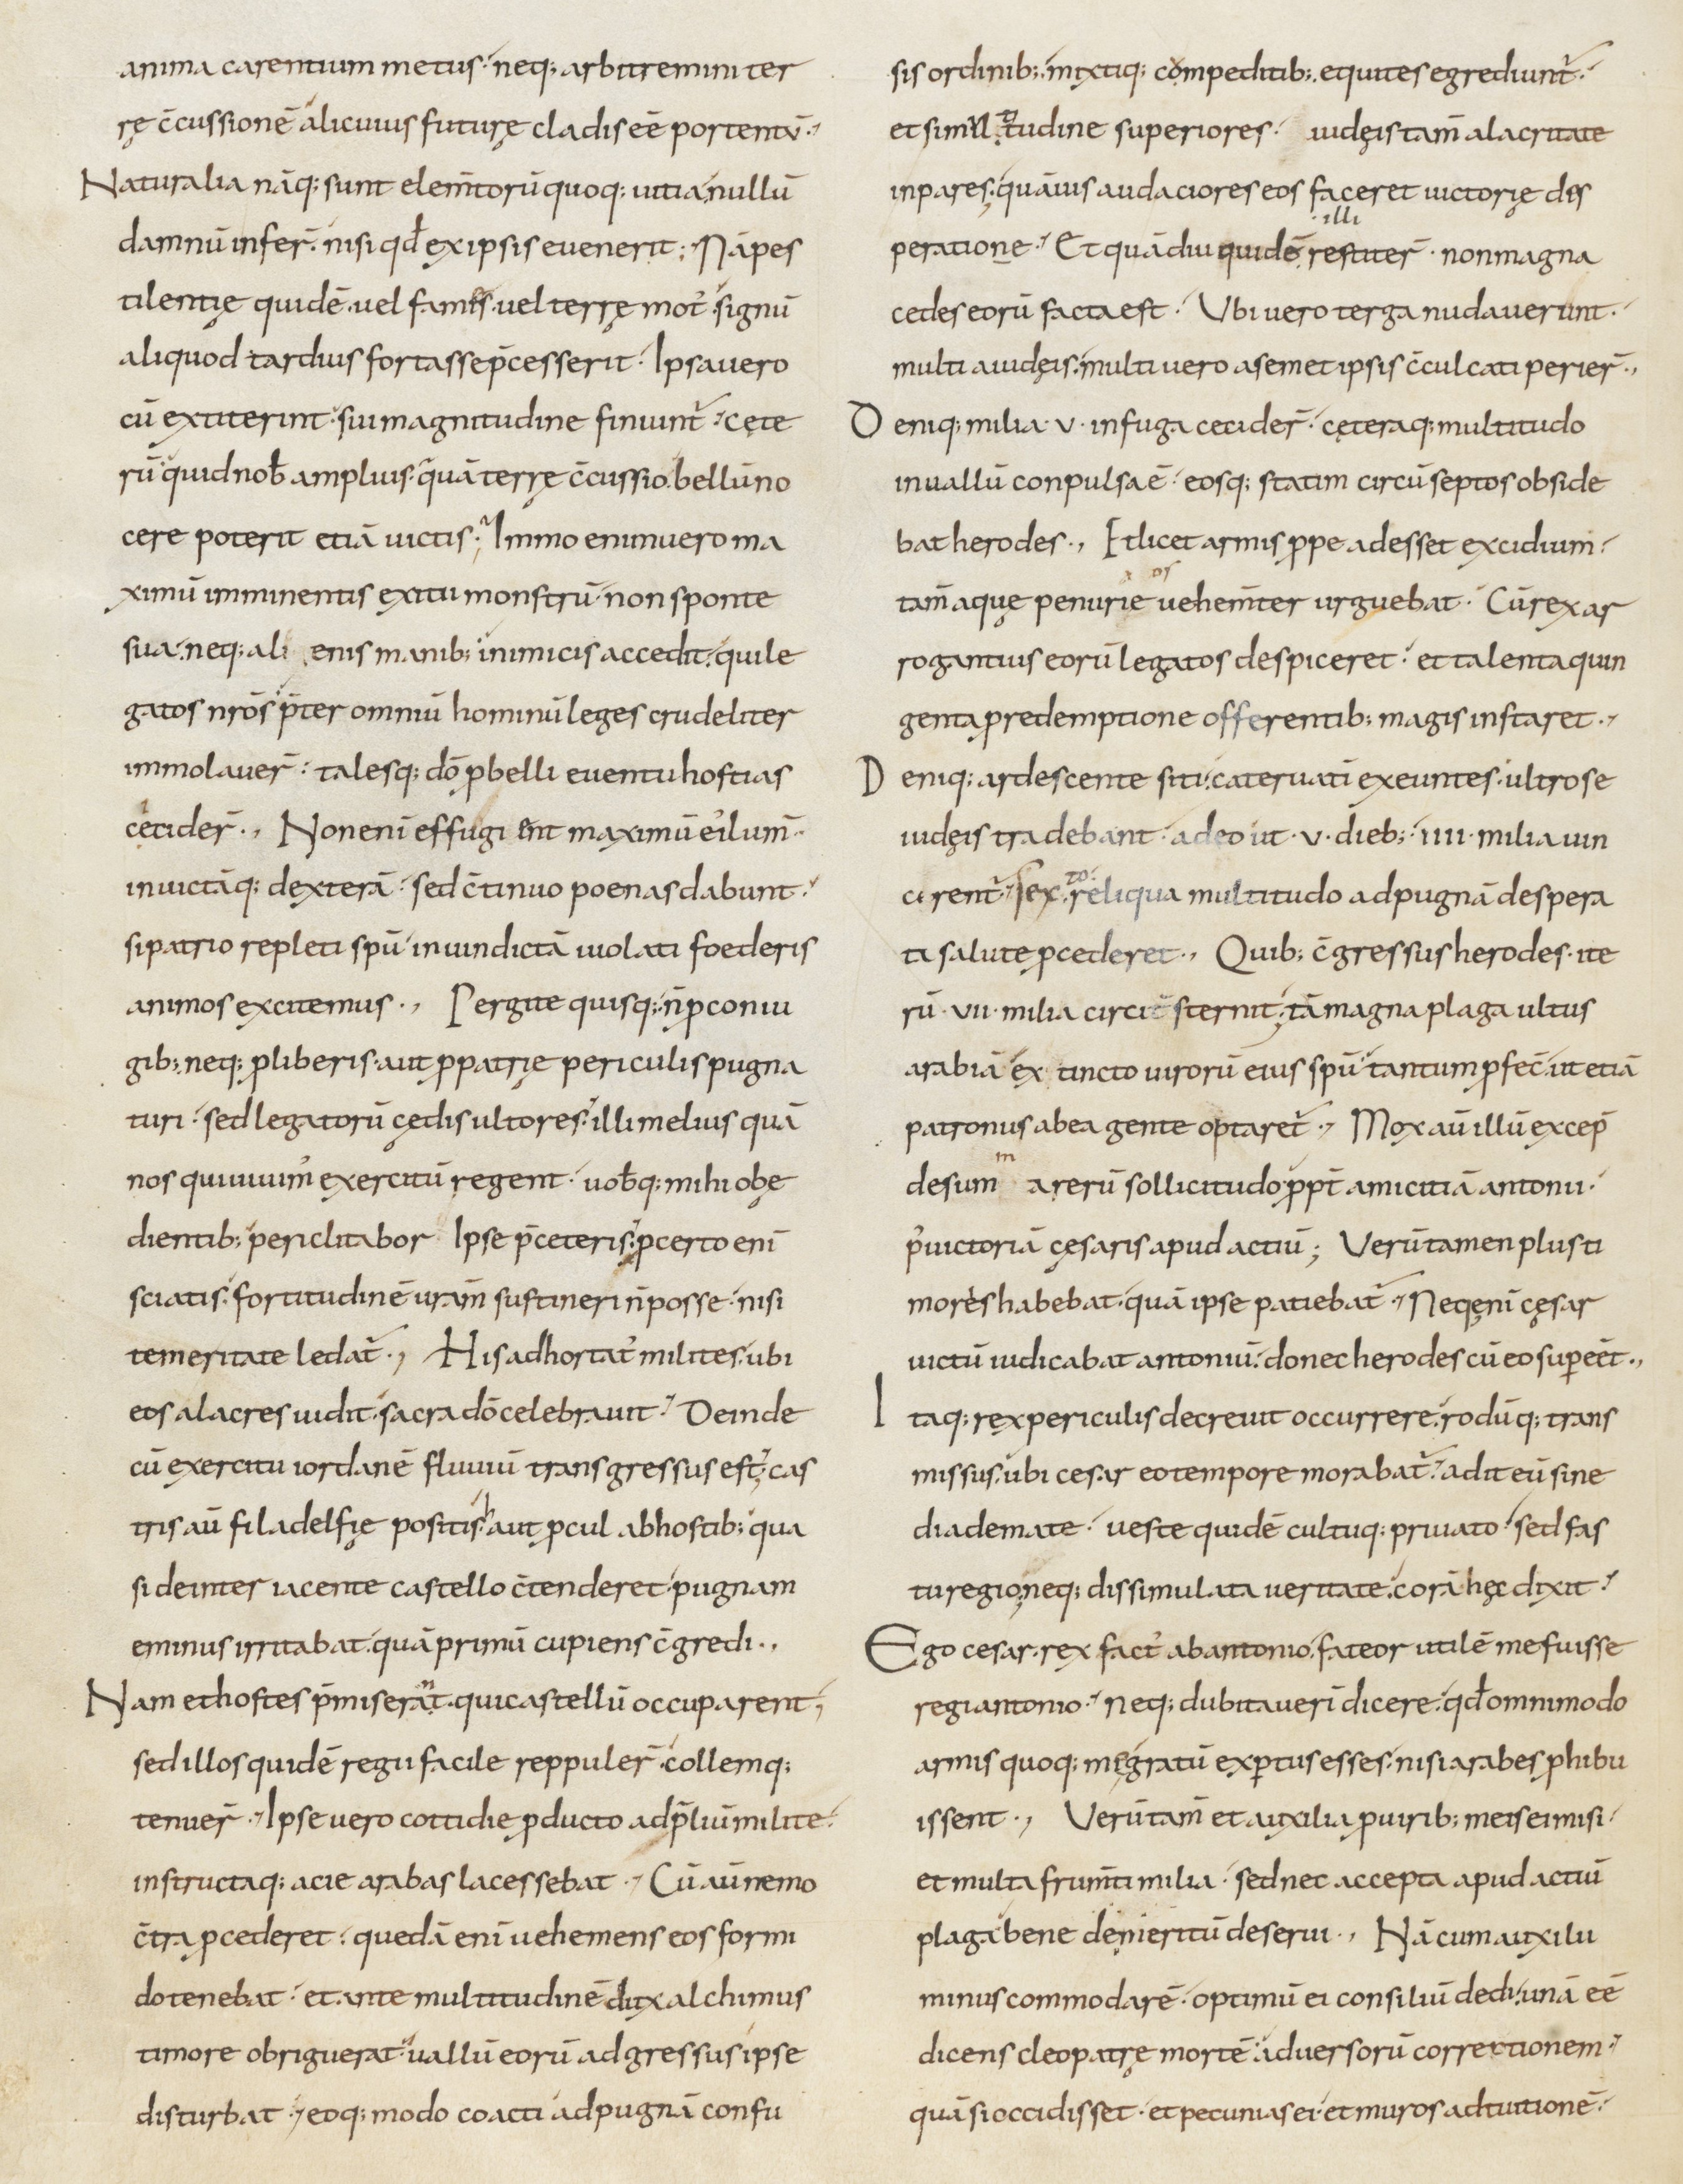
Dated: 800–899